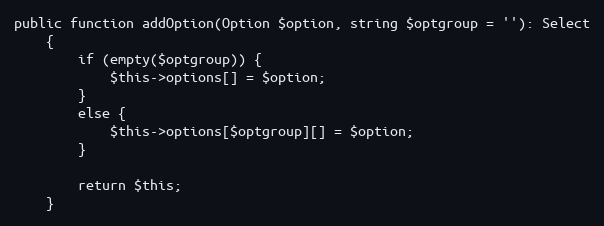
Language: PHP
public function addOption(Option $option, string $optgroup = ''): Select
    {
        if (empty($optgroup)) {
            $this->options[] = $option;
        }
        else {
            $this->options[$optgroup][] = $option;
        }

        return $this;
    }